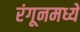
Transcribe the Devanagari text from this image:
रंगूनमध्ये